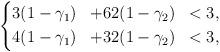
LaTeX: \begin{align*}\left\{\begin{aligned}3&(1-\gamma_1) &+ 62&(1-\gamma_2) &< 3, \\4&(1-\gamma_1) &+ 32&(1-\gamma_2) &< 3,\end{aligned}\right.\end{align*}